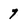
Character: 7